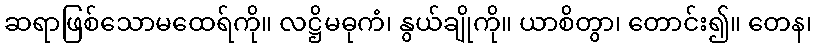
ဆရာဖြစ်သောမထေရ်ကို။ လဋ္ဌိမဓုကံ၊ နွယ်ချိုကို။ ယာစိတွာ၊ တောင်း၍။ တေန၊